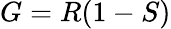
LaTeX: G=R(1-S)